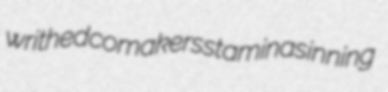
writhed comakers staminas inning